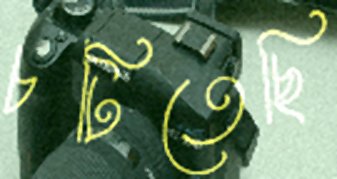
চটিতেছি